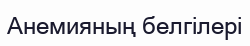
Анемияның белгілері